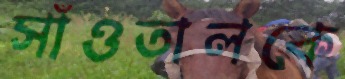
সাঁওতালকে